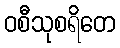
ဝစီသုစရိတေ